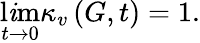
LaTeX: \operatorname*{l\mathit{i}m}_{t\rightarrow0}\kappa_{v}\left(G,t\right)=1.